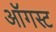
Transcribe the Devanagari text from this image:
अाॅगस्ट